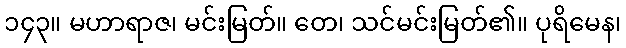
၁၄၃။ မဟာရာဇ၊ မင်းမြတ်။ တေ၊ သင်မင်းမြတ်၏။ ပုရိမေန၊